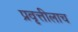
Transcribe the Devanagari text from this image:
प्रवृत्तीलाच